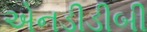
એનડીડીબી